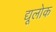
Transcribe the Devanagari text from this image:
द्यूलोक